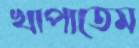
খাপাতেম